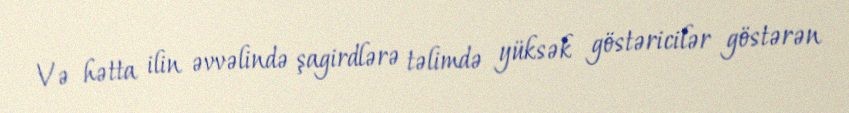
Və hətta ilin əvvəlində şagirdlərə təlimdə yüksək göstəricilər göstərən